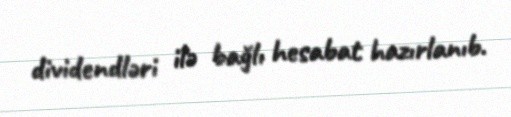
dividendləri ilə bağlı hesabat hazırlanıb.